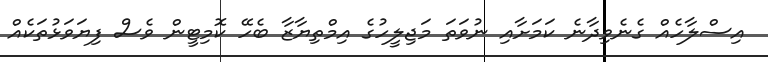
އިސްލާހެއް ގެނެވިދާނެ ކަމަށާއި ނުވަތަ މަޖިލީހުގެ އިމްތިޔާޒާ ބެހޭ ކޮމިޓީން ވެސް ފިޔަވަޅުތަކެއް